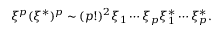
\xi ^ { p } ( \xi ^ { * } ) ^ { p } \sim ( p ! ) ^ { 2 } \xi _ { 1 } \cdots \xi _ { p } \xi _ { 1 } ^ { * } \cdots \xi _ { p } ^ { * } .